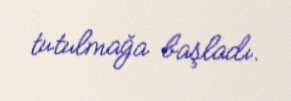
tutulmağa başladı.